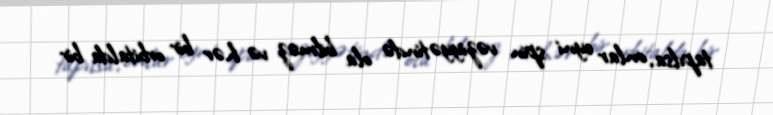
tapılsa, onlar eyni spin vəziyyətində ola bilməz və hər bir orbitalda bir